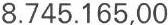
8.745.165,00